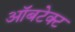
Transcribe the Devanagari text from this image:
ऑबटेक्ट